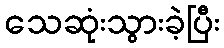
သေဆုံးသွားခဲ့ပြီး